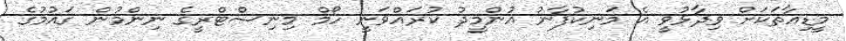
މީޑިއާތަކަށް ވިދާޅުވީ އެ މަނިކުފާނު އުންމީދު ކުރައްވަނީ ހޯމް މިނިސްޓްރީގެ ނިންމުން ގައުމުގެ